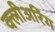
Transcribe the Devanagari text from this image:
क्लीअरिंग